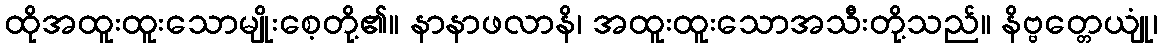
ထိုအထူးထူးသောမျိုးစေ့တို့၏။ နာနာဖလာနိ၊ အထူးထူးသောအသီးတို့သည်။ နိဗ္ဗတ္တေယျုံ၊